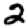
Digit: 2